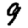
Digit: 9